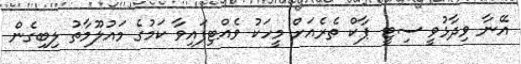
އޭނާ ވިދާޅުވީ ސިޓީ ޕާކް ތެރެއަށް މީހަކު ވެއްޓިފައިވާ ކަމުގެ މައުލޫމާތު ލިބިގެން